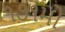
૧૭૧મો